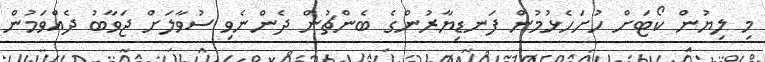
މި ލިޔުން ކޯޓަށް ހުށަހެޅުމުން ފަނޑިޔާރުންގެ ބެންޗުން ދެންނެވި ސުވާލަަށް ޖަވާބު ދެއްވަމުން